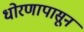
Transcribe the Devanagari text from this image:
धोरणापासून